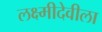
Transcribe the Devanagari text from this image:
लक्ष्मीदेवीला